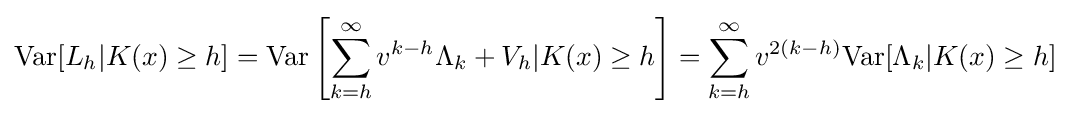
\mathrm {Var} [L_{h}|K(x)\geq h]=\mathrm {Var} \left[\sum _{k=h}^{\infty }v^{k-h}\Lambda _{k}+V_{h}|K(x)\geq h\right]=\sum _{k=h}^{\infty }v^{2(k-h)}\mathrm {Var} [\Lambda _{k}|K(x)\geq h]